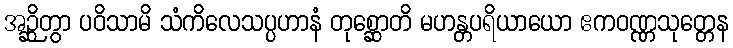
အဉ္ဆိတွာ ပဝိသာမိ သံကိလေသပ္ပဟာနံ တုစ္ဆောတိ မဟန္တပရိယာယော ဧကဝဏ္ဏသုတ္တေန